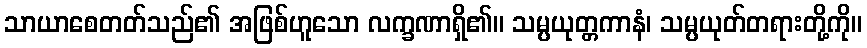
သာယာစေတတ်သည်၏ အဖြစ်ဟူသော လက္ခဏာရှိ၏။ သမ္ပယုတ္တကာနံ၊ သမ္ပယုတ်တရားတို့ကို။